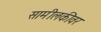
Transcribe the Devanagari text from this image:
सामीलकीवर